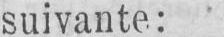
suivante: